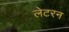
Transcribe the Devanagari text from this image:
लेटरन